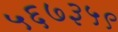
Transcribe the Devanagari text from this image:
५६७३५९